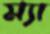
ম্যা